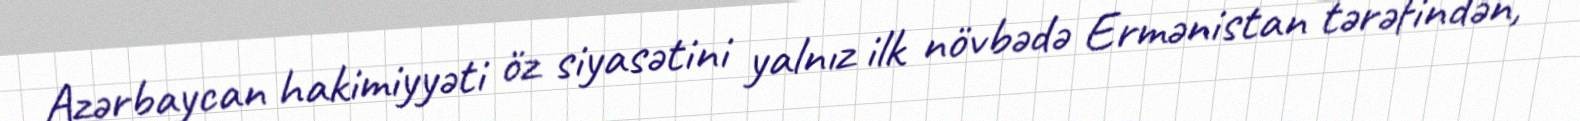
Azərbaycan hakimiyyəti öz siyasətini yalnız ilk növbədə Ermənistan tərəfindən,